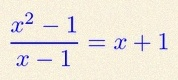
\frac{x^2-1}{x-1}=x+1